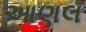
આણલ